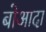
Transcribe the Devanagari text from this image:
बोआदा